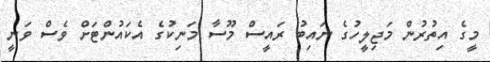
މީގެ އިތުރުން މަޖިލީހުގެ ނައިބު ރައީސް މޫސާ މަނިކުގެ އެކައުންޓަށް ވެސް ވަނީ